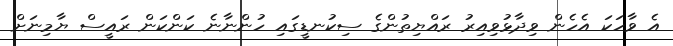
އެ ވާހަކަ އެހެން ވިދާޅުވިއިރު ރައްޔިތުންގެ ސިކުނޑީގައި ހުންނާނެ ކަންކަން ރައީސް ޔާމިނަށް